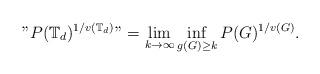
LaTeX: \begin{align*}"P(\mathbb{T}_d)^{1/v(\mathbb{T}_d)}"=\lim_{k\to \infty}\inf_{g(G)\geq k}P(G)^{1/v(G)}.\end{align*}